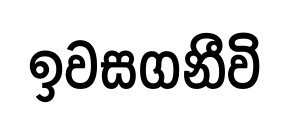
ඉවසගනීවි